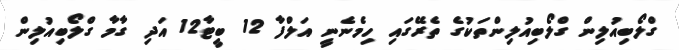
ގްލޯބިއުލިން ގްލޯބިއުލިންތަކުގެ ތެރޭގައި ހިމެނެނީ އަލްފާ 12 ބީޓާ12 އަދި ގާމާ ގްލޯބިއުލިން